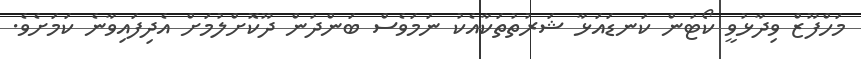
މަހްފޫޒް ވިދާޅުވީ ކޯޓުން ކަނޑައަޅާ ޝަރުތުތަކާއެކު ނަމަވެސް ބަންދުން ދޫކޮށްލުމަށް އެދިފައިވާނެ ކަމަށެވެ.